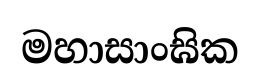
මහාසාංඝික